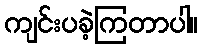
ကျင်းပခဲ့ကြတာပါ။